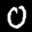
Label: 0